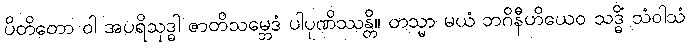
ပိတိတော ဝါ အပရိသုဒ္ဓါ ဇာတိသမ္ဘေဒံ ပါပုဏိဿန္တိ။ တသ္မာ မယံ ဘဂိနီဟိယေဝ သဒ္ဓိံ သံဝါသံ